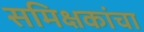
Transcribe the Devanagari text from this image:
समिक्षकांचा